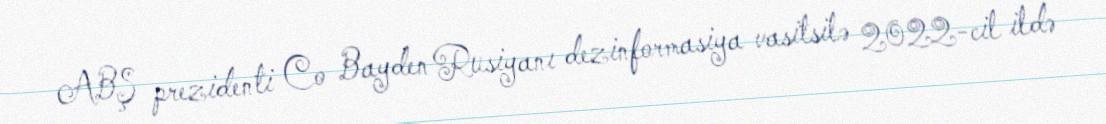
ABŞ prezidenti Co Bayden Rusiyanı dezinformasiya vasitsilə 2022-cil ildə